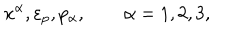
x ^ { \alpha } , \varepsilon _ { p } , p _ { \alpha } , \qquad \alpha = 1 , 2 , 3 ,